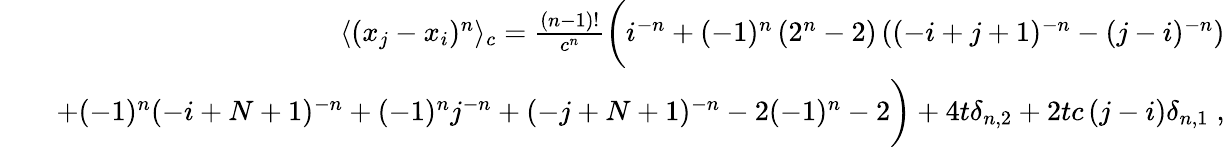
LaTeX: \begin{array}{rlr}&{}&{\langle(x_{j}-x_{i})^{n}\rangle_{c}=\frac{(n-1)!}{c^{n}}\bigg(i^{-n}+(-1)^{n}\left(2^{n}-2\right)\left((-i+j+1)^{-n}-(j-i)^{-n}\right)}\\ &{}&{+(-1)^{n}(-i+N+1)^{-n}+(-1)^{n}j^{-n}+(-j+N+1)^{-n}-2(-1)^{n}-2\bigg)+4t\delta_{n,2}+2t{c\, (j-i)}\delta_{n,1}\; ,}\end{array}